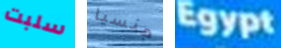
سلبت جنسيا Egypt